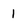
Character: 1